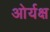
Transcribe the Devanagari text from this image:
ओर्यक्ष